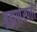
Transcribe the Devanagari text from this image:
ब्रह्मणेस्पती